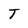
Character: T